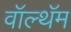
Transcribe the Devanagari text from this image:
वॉल्थॅम